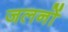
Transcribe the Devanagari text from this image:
जलनों